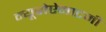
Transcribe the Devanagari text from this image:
न्यूरोऐनाटमी